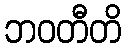
ဘဝတီတိ